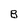
Character: B